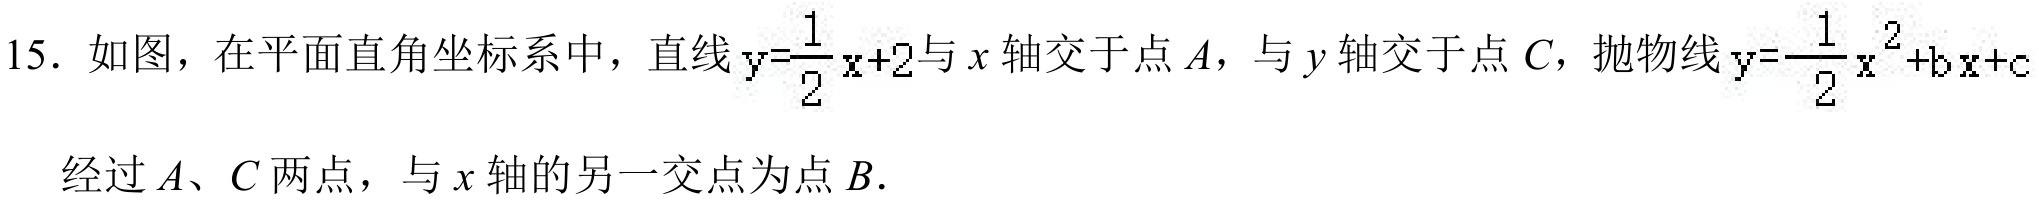
15. 如图，在平面直角坐标系中，直线\(y = \frac{1}{2}x + 2\)与\(x\)轴交于点\(A\)，与\(y\)轴交于点\(C\)，抛物线\(y=\frac{1}{2}x^{2}+bx + c\)经过\(A\)、\(C\)两点，与\(x\)轴的另一交点为点\(B\).